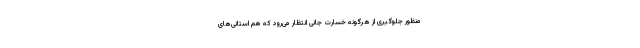
منظور جلوگیری از هرگونه خسارت جانی انتظار می‌رود که هم استانی‌های